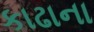
કાઢાના